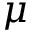
\mu